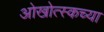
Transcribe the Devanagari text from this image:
ओखोत्स्कच्या